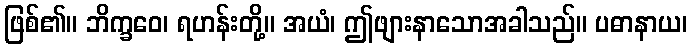
ဖြစ်၏။ ဘိက္ခဝေ၊ ရဟန်းတို့။ အယံ၊ ဤဖျားနာသောအခါသည်။ ပဓာနာယ၊